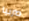
صربيا